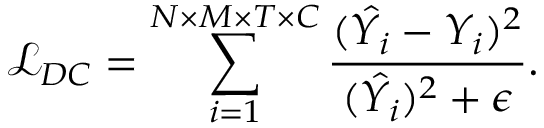
\mathcal { L } _ { D C } = \sum _ { i = 1 } ^ { N \times M \times T \times C } \frac { ( \hat { Y _ { i } } - Y _ { i } ) ^ { 2 } } { ( \hat { Y _ { i } } ) ^ { 2 } + \epsilon } .